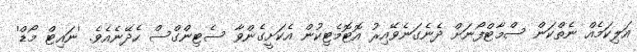
އަލިކަމެއް ނެތްކަން ސްމާޓްފޯނަށް ދެނެގަނެވޭއިރު އޮޓޮމެޓިކުން އެކަށީގެންވާ ސެޓިންގްސް ހެދޭނެއެވެ. 'ނައިޓް މޯޑް'